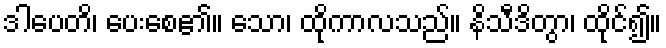
ဒါပေတိ၊ ပေးစေ၏။ သော၊ ထိုကာလသည်။ နိသီဒိတွာ၊ ထိုင်၍။